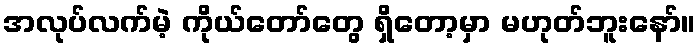
အလုပ်လက်မဲ့ ကိုယ်တော်တွေ ရှိတော့မှာ မဟုတ်ဘူးနော်။